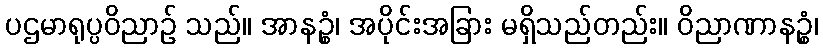
ပဌမာရုပ္ပဝိညာဉ် သည်။ အာနဉ္စံ၊ အပိုင်းအခြား မရှိသည်တည်း။ ဝိညာဏာနဉ္စံ၊